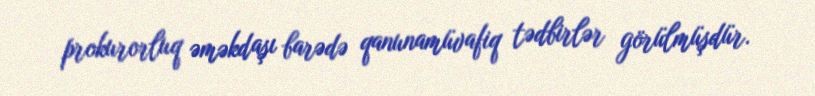
prokurorluq əməkdaşı barədə qanunamüvafiq tədbirlər görülmüşdür.